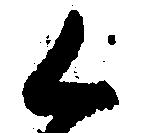
く